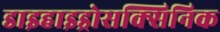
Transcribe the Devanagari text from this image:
डाइहाइड्रोसक्सिनिक